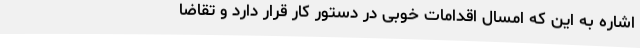
اشاره به این که امسال اقدامات خوبی در دستور کار قرار دارد و تقاضا